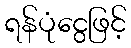
ရန်ပုံငွေဖြင့်